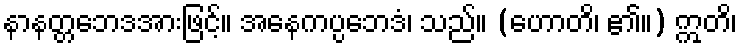
နာနတ္တဘေဒအားဖြင့်။ အနေကပ္ပဘေဒံ၊ သည်။ (ဟောတိ၊ ၏။) ဣတိ၊